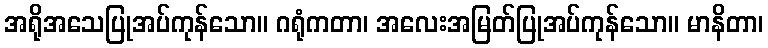
အရိုအသေပြုအပ်ကုန်သော။ ဂရုံကတာ၊ အလေးအမြတ်ပြုအပ်ကုန်သော။ မာနိတာ၊